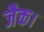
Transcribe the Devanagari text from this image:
जैक।